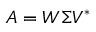
A = W \Sigma V ^ { * }